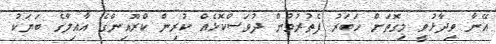
އޭނާ ވިދާޅުވީ މިގޮތަށް ހަބަރު ފެތުރުމުން ދުވަސްކޮޅެއް ކުރިން ކްރޫއިންގެ އާއިލާގެ ބަޔަކު